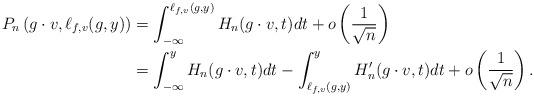
LaTeX: \begin{align*}P_{n} \left(g \cdot v, \ell_{f,v}(g,y) \right)& = \int_{- \infty}^{\ell_{f,v}(g,y)} H_n(g \cdot v, t) dt + o \left( \frac{ 1 }{\sqrt{n}} \right) \\& = \int_{- \infty}^{y} H_n(g \cdot v, t) dt - \int_{\ell_{f,v}(g,y)}^{y} H_n'(g \cdot v, t) dt + o \left( \frac{ 1 }{\sqrt{n}} \right). \end{align*}